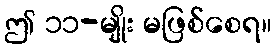
ဤ ၁၁-မျိုး မဖြစ်စေရ။